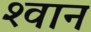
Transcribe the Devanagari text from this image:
श्‍वान